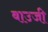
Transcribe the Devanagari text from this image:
बाउजी